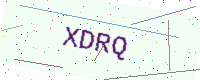
Text: XDRQ